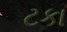
ટકા